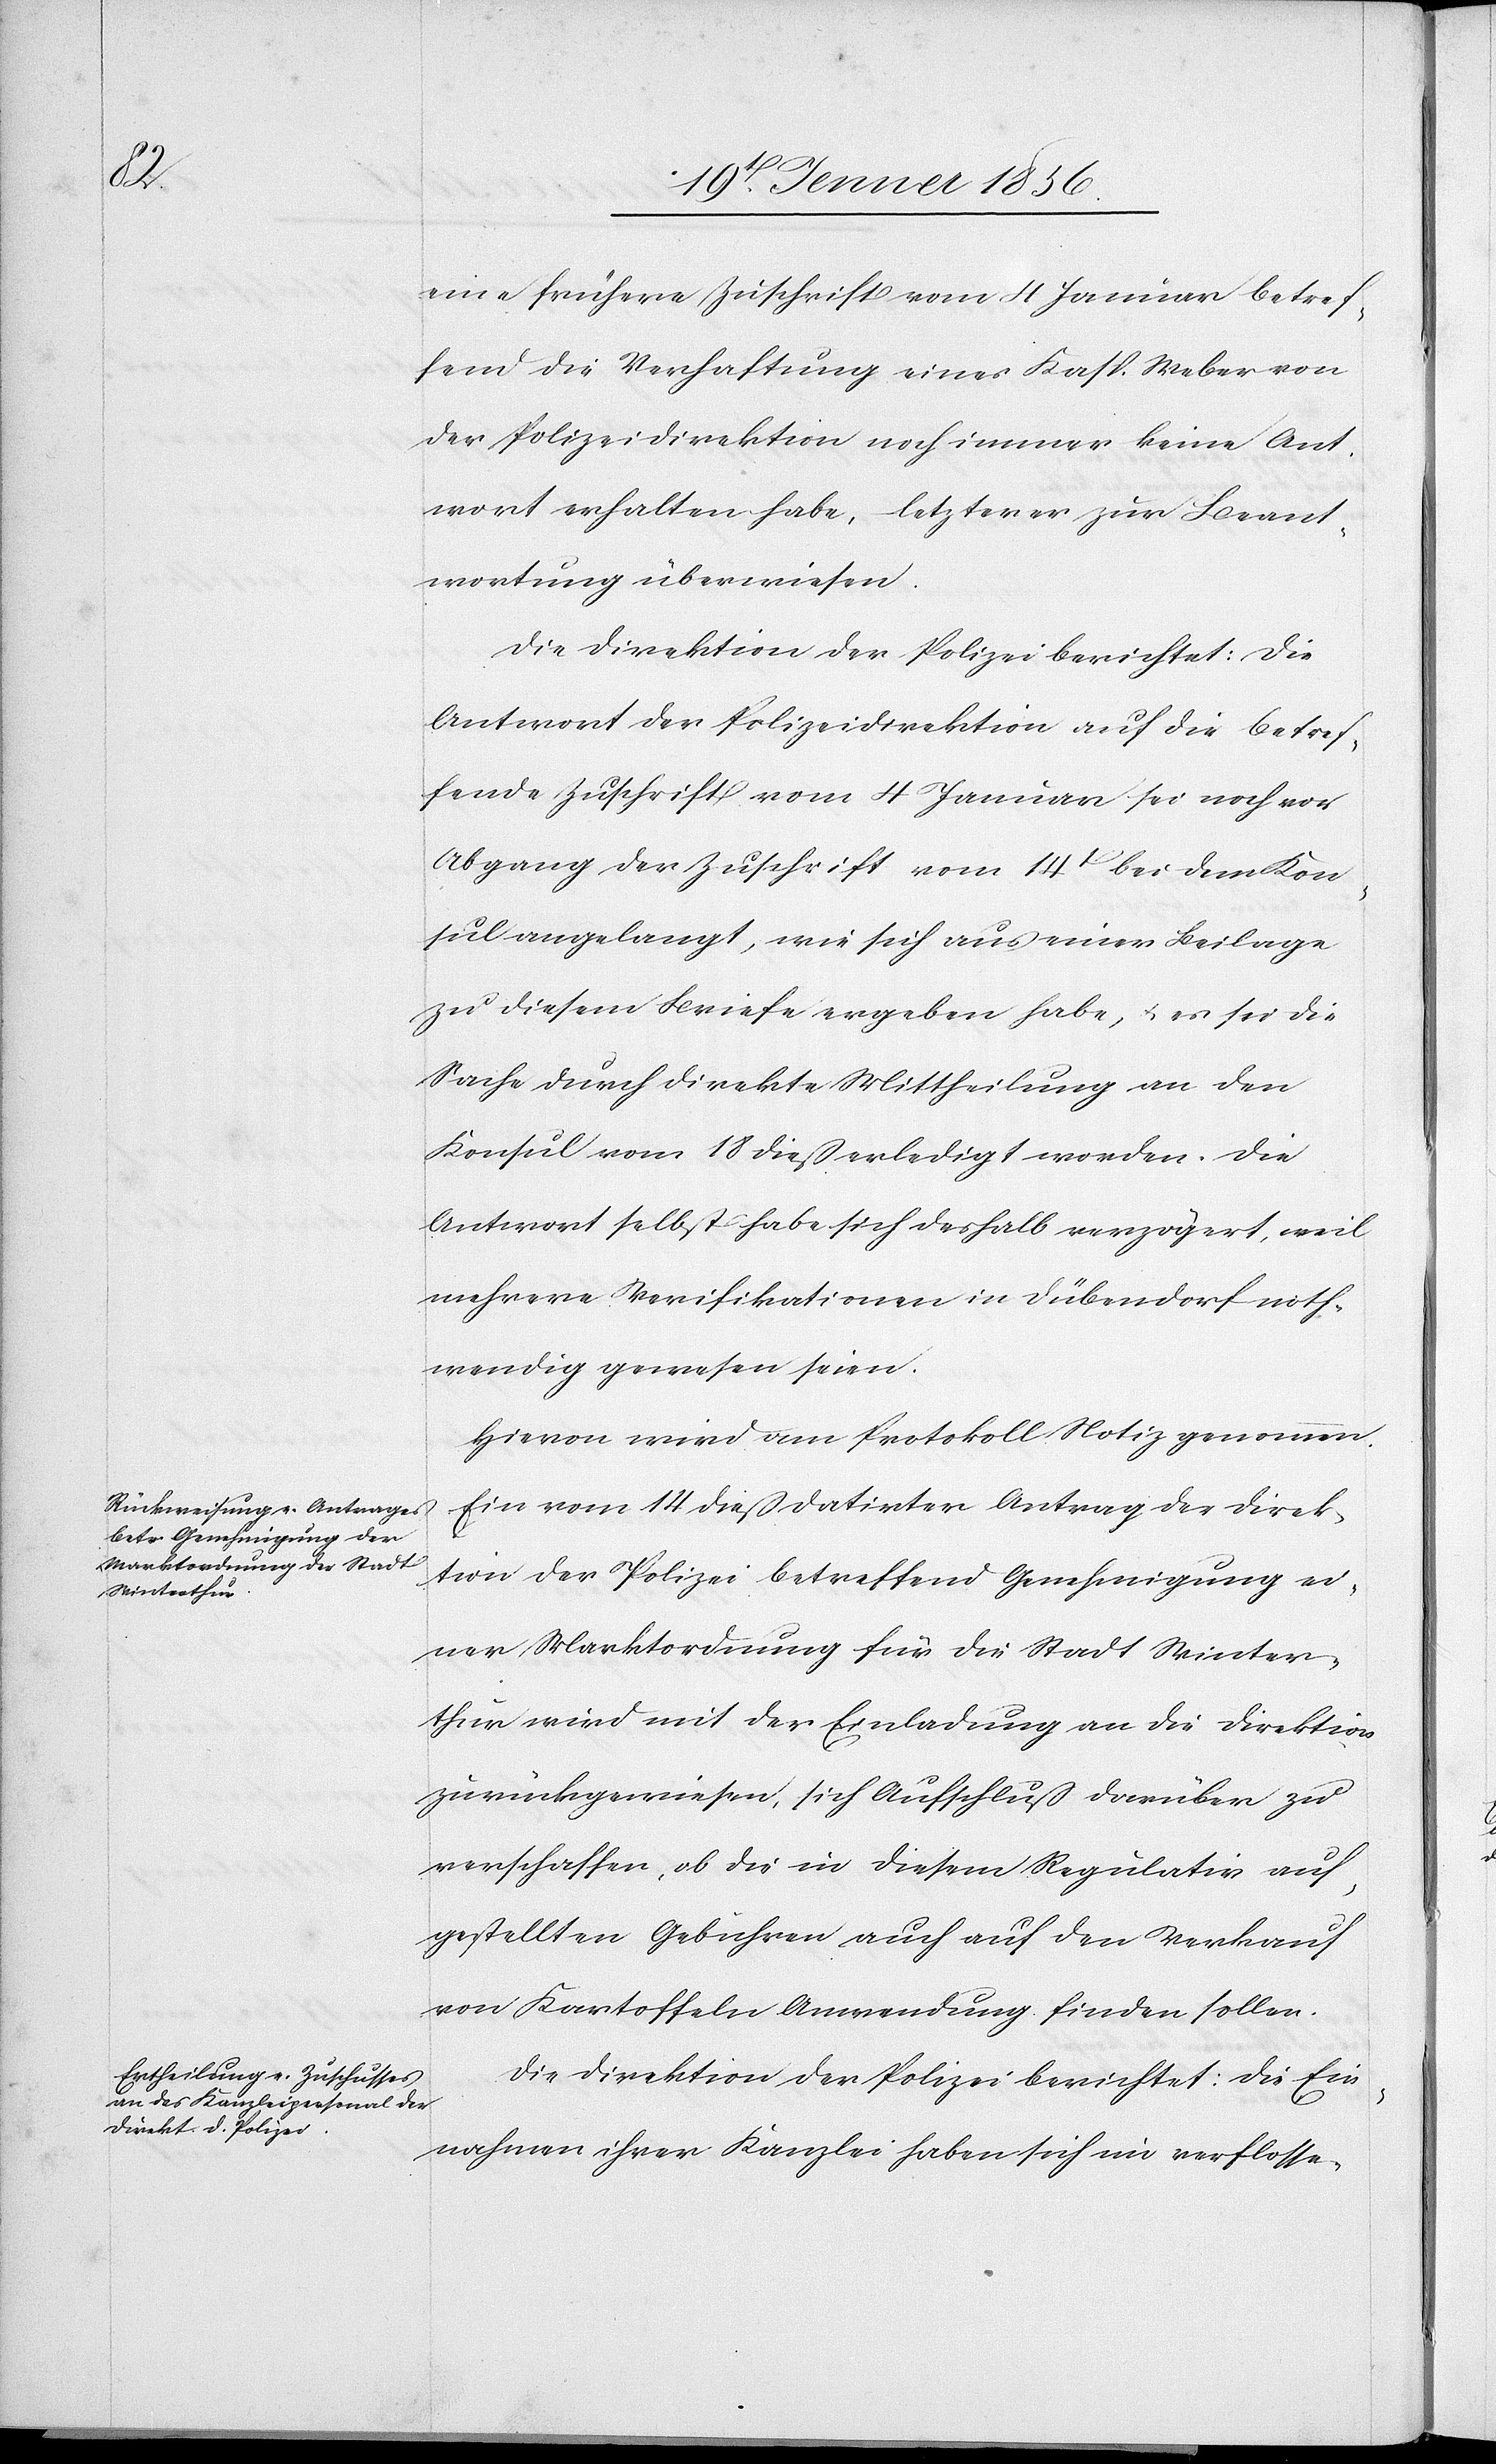
eine frühere Zuschrift vom 4 Januar betref¬
fend die Verhaftung eines Kasp. Weber von
der Polizeidirektion noch immer keine Ant¬
wort erhalten habe, letzterer zur Beant¬
wortung überwiesen.
Die Direktion der Polizei berichtet: Die
Antwort der Polizeidirektion auf die betref¬
fende Zuschrift vom 4 Januar sei noch vor
Abgang der Zuschrift vom 14t bei dem Kon¬
sul angelangt, wie sich aus einer Beilage
zu diesem Briefe ergeben habe, u. es sei die
Sache durch direkte Mittheilung an den
Konsul vom 18 dieß erledigt worden. Die
Antwort selbst habe sich deshalb verzögert, weil
mehrere Verifikationen in Dübendorf noth¬
wendig gewesen seien.
Hievon wird am Protokoll Notiz genommen.
Ein vom 14 dieß datirter Antrag der Direk¬
tion der Polizei betreffend Genehmigung ei¬
ner Marktordnung für die Stadt Winter¬
thur wird mit der Einladung an die Direktion
zurückgewiesen, sich Aufschluß darüber zu
verschaffen, ob die in diesem Regulativ auf¬
gestellten Gebühren auch auf den Verkauf
von Kartoffeln Anwendung finden sollen.
Die Direktion der Polizei berichtet: Die Ein¬
nahmen ihrer Kanzlei haben sich im verflosse-